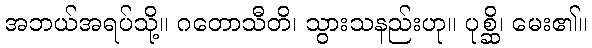
အဘယ်အရပ်သို့။ ဂတောသီတိ၊ သွားသနည်းဟု။ ပုစ္ဆိ၊ မေး၏။